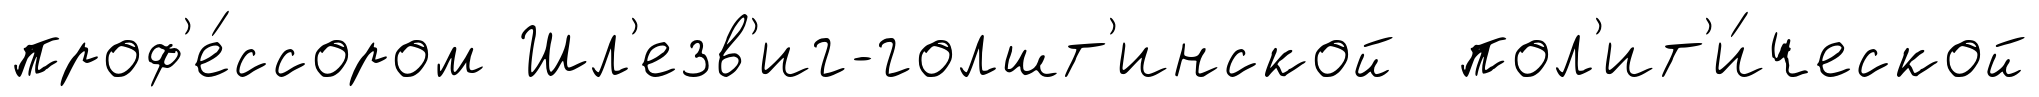
проф'е́ссором Шл'езв'иг-голшт'инской пол'ит'и́ческой